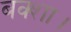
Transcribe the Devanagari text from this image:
बक्शा।